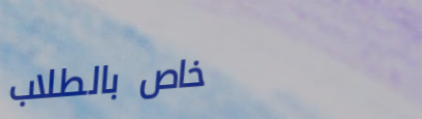
خاص بالطلاب